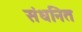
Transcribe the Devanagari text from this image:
संधनित